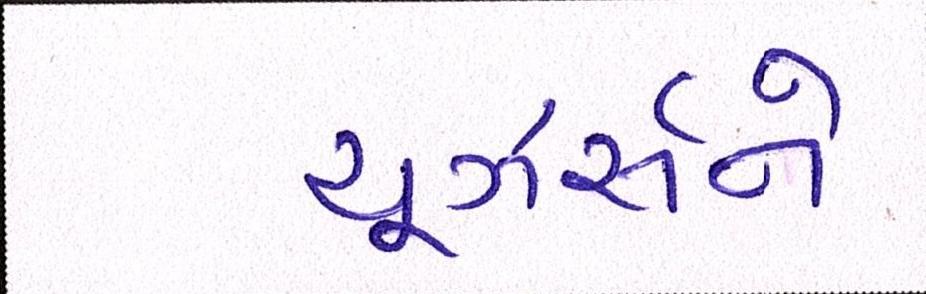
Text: યૂઝર્સને